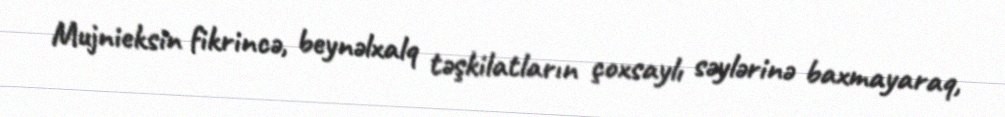
Mujnieksin fikrincə, beynəlxalq təşkilatların çoxsaylı səylərinə baxmayaraq,